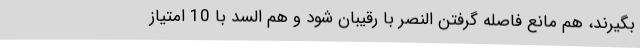
بگیرند، هم مانع فاصله گرفتن النصر با رقیبان شود و هم السد با 10 امتیاز